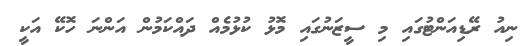
ނިއު ރޭޑިއަންޓުގައި މި ސީޒަނުގައި މޮޅު ކުޅުމެއް ދައްކަމުން އަންނަ ހޮކޭ އަކީ